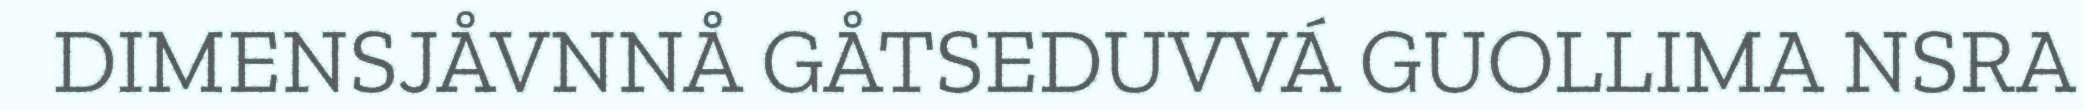
DIMENSJÅVNNÅ GÅTSEDUVVÁ GUOLLIMA NSRA